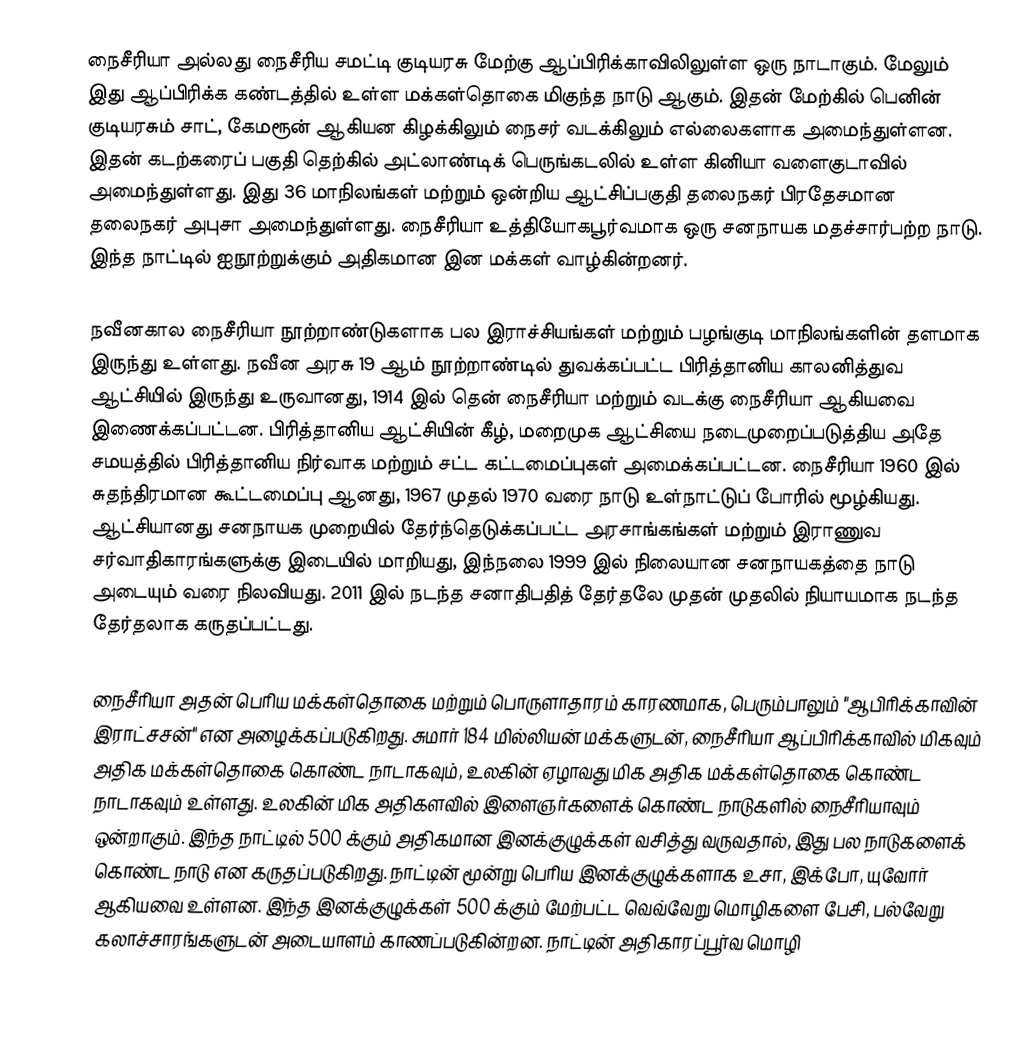
நைசீரியா அல்லது நைசீரிய சமட்டி குடியரசு மேற்கு ஆப்பிரிக்காவிலிலுள்ள ஒரு நாடாகும். மேலும் இது ஆப்பிரிக்க கண்டத்தில் உள்ள மக்கள்தொகை மிகுந்த நாடு ஆகும்.  இதன் மேற்கில் பெனின் குடியரசும் சாட், கேமரூன் ஆகியன கிழக்கிலும் நைசர் வடக்கிலும் எல்லைகளாக அமைந்துள்ளன. இதன் கடற்கரைப் பகுதி தெற்கில் அட்லாண்டிக் பெருங்கடலில் உள்ள கினியா வளைகுடாவில் அமைந்துள்ளது. இது 36 மாநிலங்கள் மற்றும் ஒன்றிய ஆட்சிப்பகுதி தலைநகர் பிரதேசமான தலைநகர் அபுசா அமைந்துள்ளது. நைசீரியா உத்தியோகபூர்வமாக ஒரு சனநாயக மதச்சார்பற்ற நாடு.  இந்த நாட்டில் ஐநூற்றுக்கும் அதிகமான இன மக்கள் வாழ்கின்றனர்.

நவீனகால நைசீரியா நூற்றாண்டுகளாக பல இராச்சியங்கள் மற்றும் பழங்குடி மாநிலங்களின் தளமாக இருந்து உள்ளது. நவீன அரசு 19 ஆம் நூற்றாண்டில் துவக்கப்பட்ட பிரித்தானிய காலனித்துவ ஆட்சியில் இருந்து உருவானது, 1914 இல் தென் நைசீரியா மற்றும் வடக்கு நைசீரியா ஆகியவை இணைக்கப்பட்டன. பிரித்தானிய ஆட்சியின் கீழ், மறைமுக ஆட்சியை நடைமுறைப்படுத்திய அதே சமயத்தில் பிரித்தானிய நிர்வாக மற்றும் சட்ட கட்டமைப்புகள் அமைக்கப்பட்டன. நைசீரியா 1960 இல் சுதந்திரமான கூட்டமைப்பு ஆனது, 1967 முதல் 1970 வரை நாடு உள்நாட்டுப் போரில் மூழ்கியது. ஆட்சியானது சனநாயக முறையில் தேர்ந்தெடுக்கப்பட்ட  அரசாங்கங்கள் மற்றும் இராணுவ சர்வாதிகாரங்களுக்கு இடையில் மாறியது, இந்நலை 1999 இல் நிலையான சனநாயகத்தை நாடு அடையும் வரை நிலவியது. 2011 இல் நடந்த சனாதிபதித் தேர்தலே முதன்  முதலில் நியாயமாக நடந்த தேர்தலாக கருதப்பட்டது.

நைசீரியா அதன் பெரிய மக்கள்தொகை மற்றும் பொருளாதாரம் காரணமாக, பெரும்பாலும் "ஆபிரிக்காவின் இராட்சசன்" என அழைக்கப்படுகிறது.  சுமார் 184 மில்லியன் மக்களுடன், நைசீரியா ஆப்பிரிக்காவில் மிகவும் அதிக மக்கள்தொகை கொண்ட நாடாகவும், உலகின் ஏழாவது மிக அதிக மக்கள்தொகை கொண்ட நாடாகவும் உள்ளது. உலகின் மிக அதிகளவில் இளைஞர்களைக் கொண்ட நாடுகளில் நைசீரியாவும் ஒன்றாகும்.  இந்த நாட்டில் 500 க்கும் அதிகமான இனக்குழுக்கள் வசித்து வருவதால், இது பல நாடுகளைக் கொண்ட நாடு என கருதப்படுகிறது. நாட்டின் மூன்று பெரிய இனக்குழுக்களாக உசா, இக்போ, யுவோர் ஆகியவை உள்ளன. இந்த இனக்குழுக்கள் 500 க்கும் மேற்பட்ட வெவ்வேறு மொழிகளை பேசி, பல்வேறு கலாச்சாரங்களுடன் அடையாளம் காணப்படுகின்றன.  நாட்டின் அதிகாரப்பூர்வ மொழி